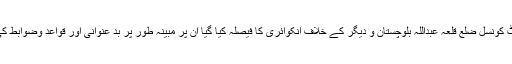
نیب کے ایگزیکٹو بورڈ کے اجلاس میں ملک محمد عثمان چیئر مین ڈسٹرکٹ کونسل ضلع قلعہ عبداللہ بلوچستان و دیگر کے خلاف انکوائری کا فیصلہ کیا گیا ان پر مبینہ طور پر بد عنوانی اور قواعد وضوابط کی خلاف ورزی کرتے ہوئے اپنے اختیارات کے ناجائز استعمال کا الزام ہے۔